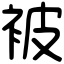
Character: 被